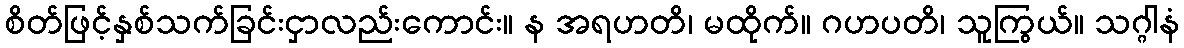
စိတ်ဖြင့်နှစ်သက်ခြင်းငှာလည်းကောင်း။ န အရဟတိ၊ မထိုက်။ ဂဟပတိ၊ သူကြွယ်။ သဂ္ဂါနံ